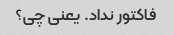
فاکتور نداد. یعنی چی؟